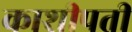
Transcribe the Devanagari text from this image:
काशीपती